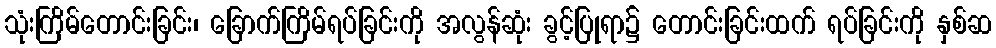
သုံးကြိမ်တောင်းခြင်း၊ ခြောက်ကြိမ်ရပ်ခြင်းကို အလွန်ဆုံး ခွင့်ပြုရာ၌ တောင်းခြင်းထက် ရပ်ခြင်းကို နှစ်ဆ